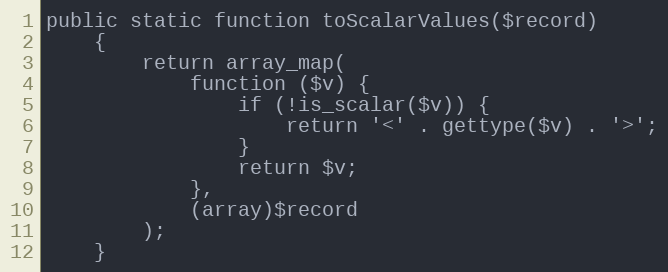
Language: PHP
public static function toScalarValues($record)
    {
        return array_map(
            function ($v) {
                if (!is_scalar($v)) {
                    return '<' . gettype($v) . '>';
                }
                return $v;
            },
            (array)$record
        );
    }